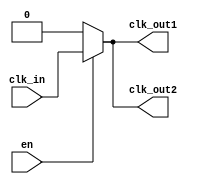
module basic_clock_buffer (
    input wire clk_in,      // Clock input
    input wire en,         // Enable signal
    output wire clk_out1,  // Clock output 1
    output wire clk_out2   // Clock output 2
    // You can add more outputs as needed
);

    // Buffering the clock signal based on the enable signal
    assign clk_out1 = en ? clk_in : 1'b0; // Output 1 will reflect clk_in when enabled, otherwise low
    assign clk_out2 = en ? clk_in : 1'b0; // Output 2 will reflect clk_in when enabled, otherwise low

    // Additional outputs can be added similarly

endmodule